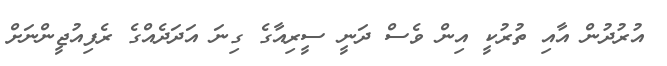
އުރުދުން އާއި ތުރުކީ އިން ވެސް ދަނީ ސީރިއާގެ ގިނަ އަދަދެއްގެ ރެފިއުޖީންނަށް